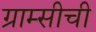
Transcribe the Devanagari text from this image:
ग्राम्सीची